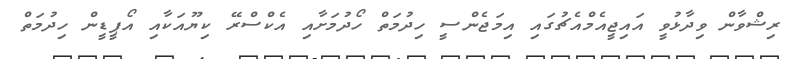
ރިޝްވާން ވިދާޅުވީ އައިޖީއެމްއެޗުގައި އިމަޖެންސީ ހިދުމަތް ހޯދުމަށާއި އެކްސްރޭ ކިޔޫއަކާއި އޯޕީޑީން ހިދުމަތް